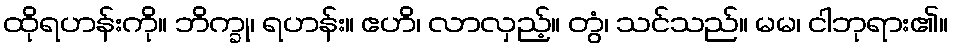
ထိုရဟန်းကို။ ဘိက္ခု၊ ရဟန်း။ ဧဟိ၊ လာလှည့်။ တွံ၊ သင်သည်။ မမ၊ ငါဘုရား၏။